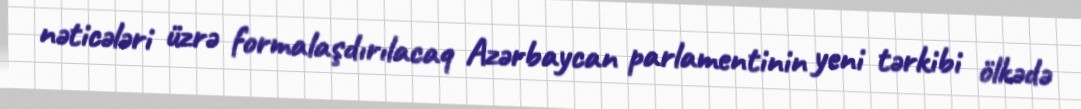
nəticələri üzrə formalaşdırılacaq Azərbaycan parlamentinin yeni tərkibi ölkədə